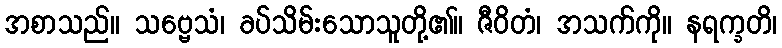
အစာသည်။ သဗ္ဗေသံ၊ ခပ်သိမ်းသောသူတို့၏။ ဇီဝိတံ၊ အသက်ကို။ နရက္ခတိ၊